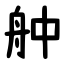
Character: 舯